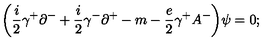
\biggl ( { \frac { i } { 2 } } \gamma ^ { + } \partial ^ { - } + { \frac { i } { 2 } } \gamma ^ { - } \partial ^ { + } - m - { \frac { e } { 2 } } \gamma ^ { + } A ^ { - } \biggr ) \psi = 0 ;